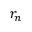
r _ { n }